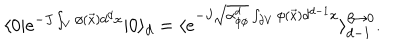
LaTeX: \langle 0 | e ^ { - J \int _ { V } \phi ( \vec { x } ) d ^ { d } x } | 0 \rangle _ { d } = \langle e ^ { - J \sqrt { \alpha _ { \phi \phi } ^ { d } } \int _ { \partial V } \phi ( \vec { x } ) d ^ { d - 1 } x } \rangle _ { d - 1 } ^ { \beta \to 0 } .